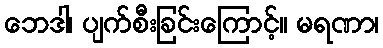
ဘေဒါ၊ ပျက်စီးခြင်းကြောင့်။ မရဏာ၊